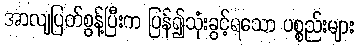
အာလျပြတ်စွန့်ပြီးက ပြန်၍သုံးခွင့်ရသော ပစ္စည်းများ